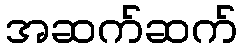
အဆက်ဆက်